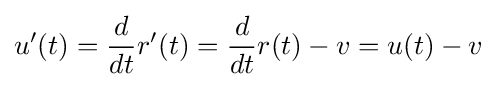
u'(t)={\frac {d}{dt}}r'(t)={\frac {d}{dt}}r(t)-v=u(t)-v